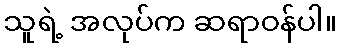
သူရဲ့ အလုပ်က ဆရာဝန်ပါ။